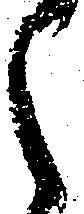
く